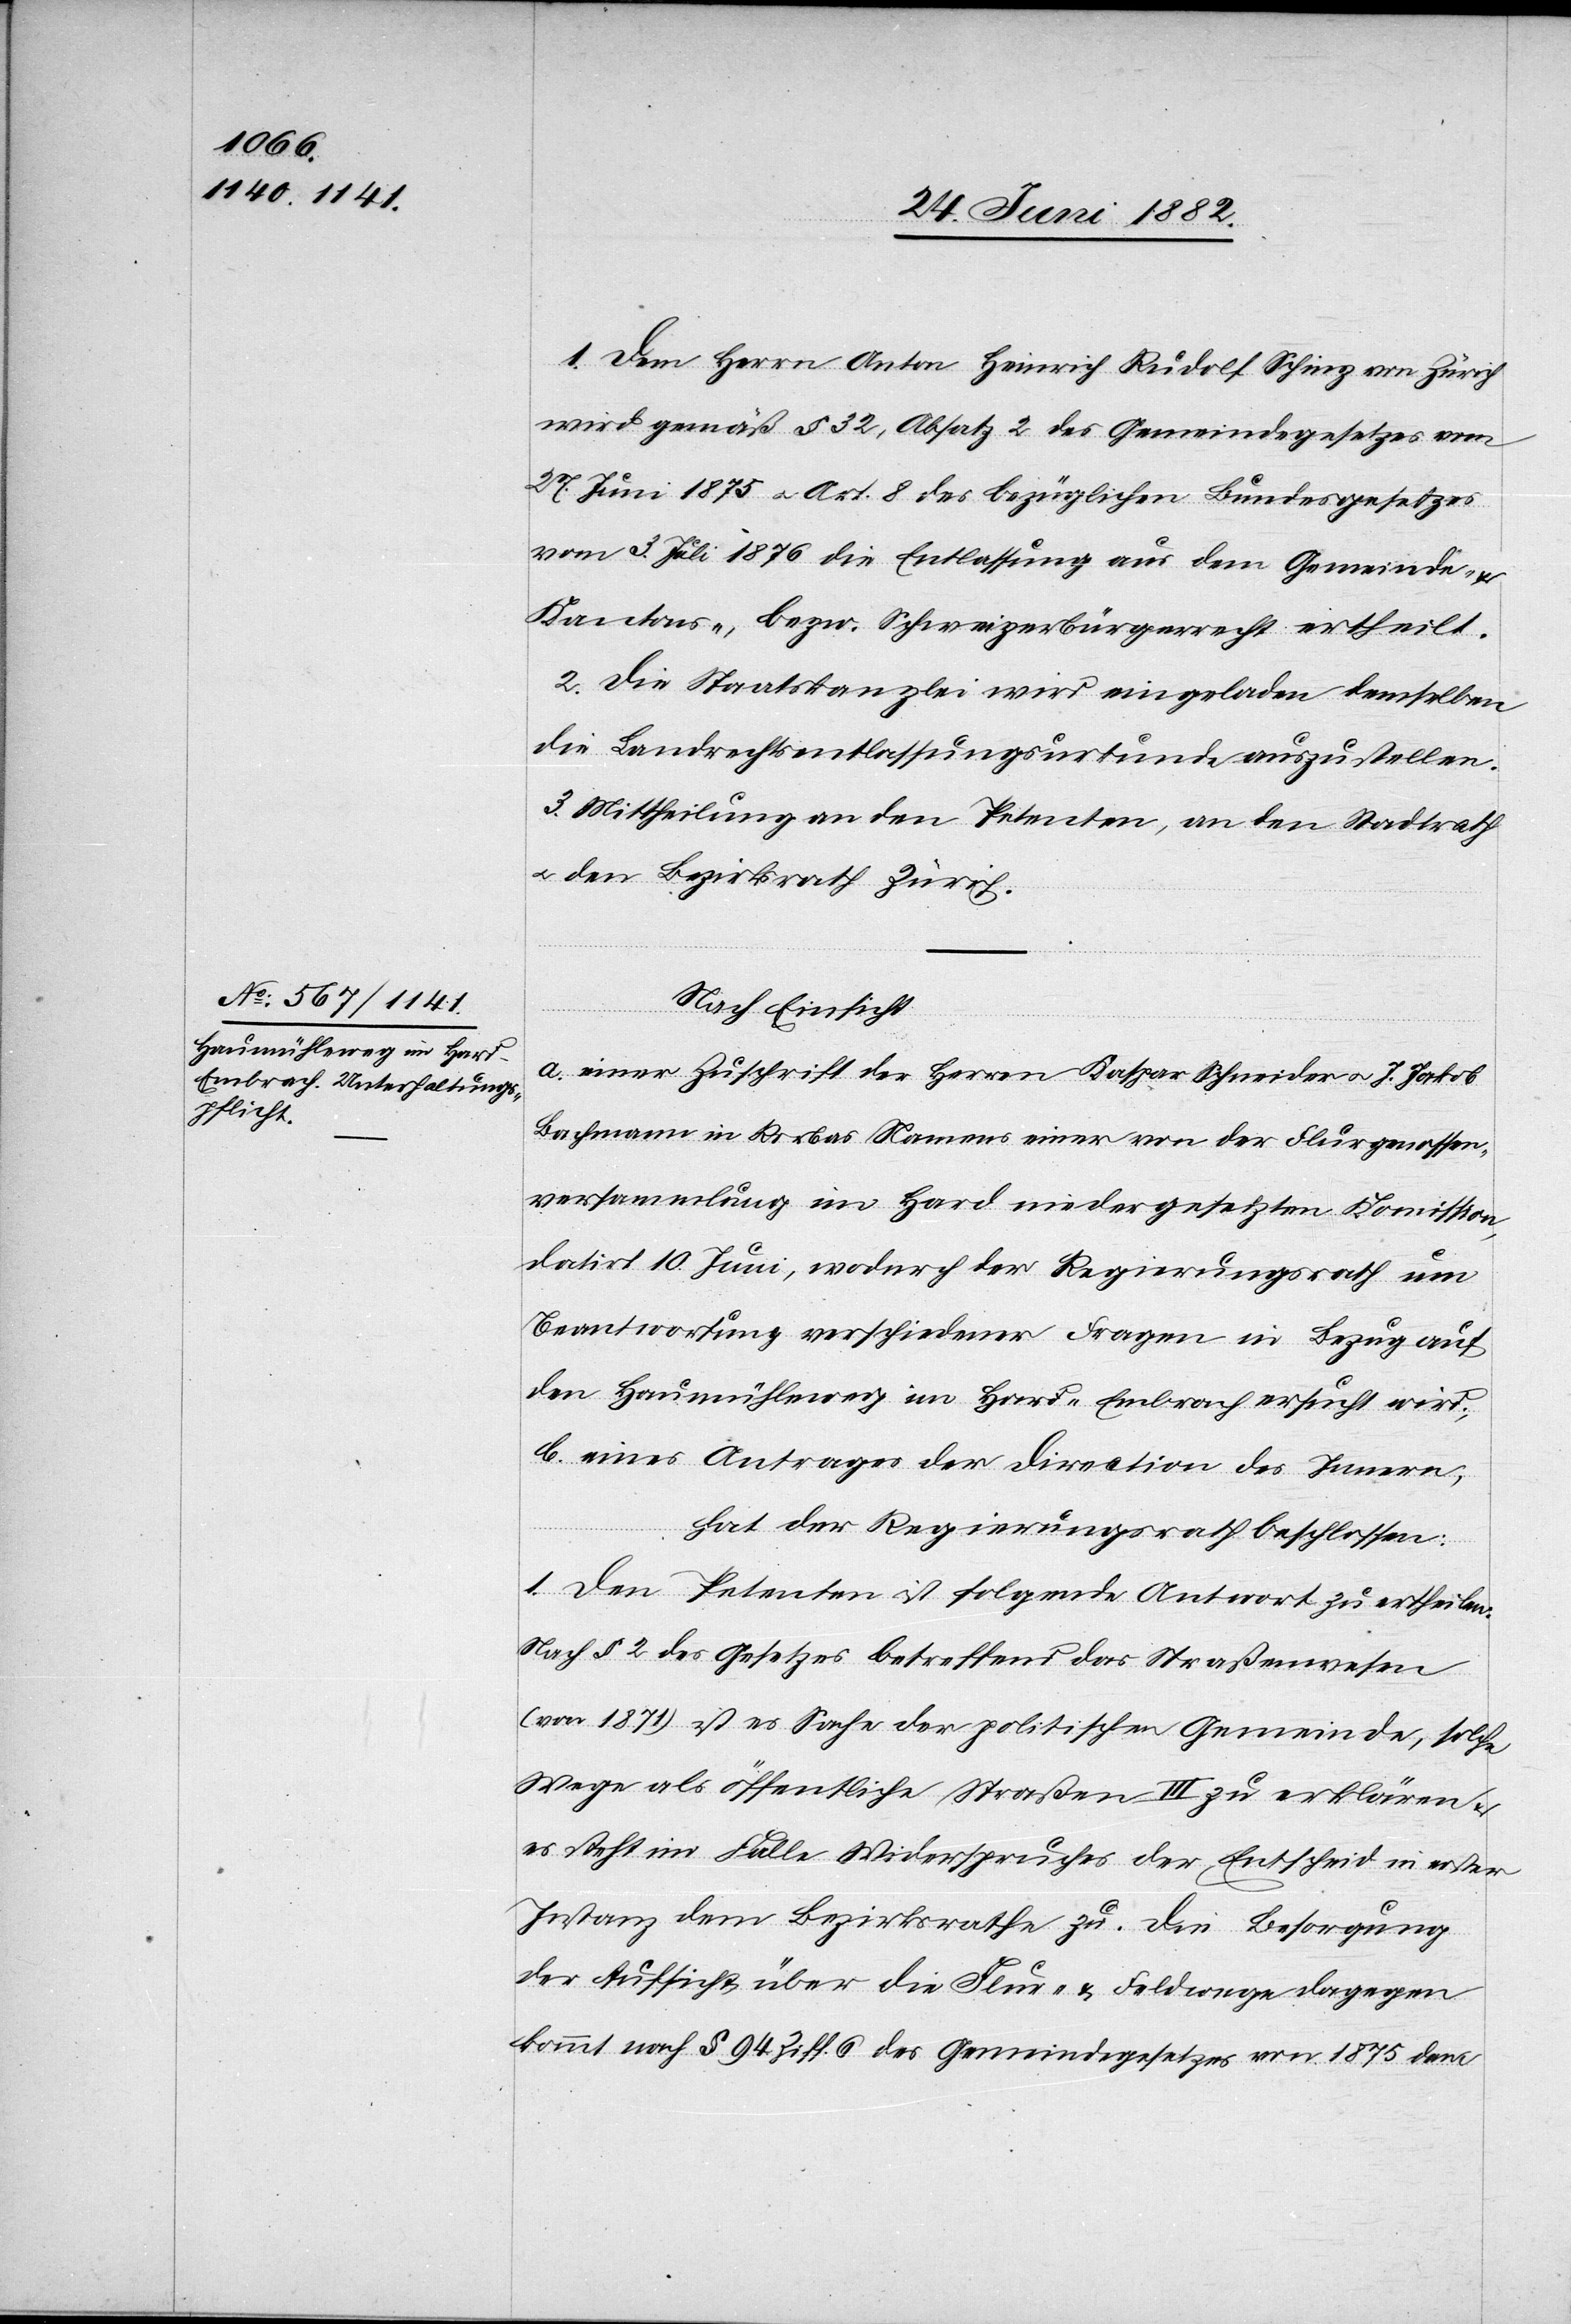
1. Dem Herrn Anton Heinrich Rudolf Schinz von Zürich
wird gemäß § 32, Absatz 2 des Gemeindegesetzes vom
27. Juni 1875 u. Art. 8 des bezüglichen Bundesgesetzes
vom 3. Juli 1876 die Entlassung aus dem Gemeinde-
Kantons-, bezw. Schweizerbürgerrecht ertheilt.
2. Die Staatskanzlei wird eingeladen demselben
die Landrechtsentlassungsurkunde auszustellen.
3. Mittheilung an den Petenten, an den Stadtrath
u. den Bezirksrath Zürich.
Nach Einsicht:
a. einer Zuschrift der Herren Kaspar Schneider u. J. Jakob
Bachmann in Rorbas Namens einer von der Flurgenossen¬
versammlung im Hard niedergesetzten Kommission,
datirt 10. Juni, wodurch der Regierungsrath um
Beantwortung verschiedener Fragen in Bezug auf
den Hausmühleweg im Hard - Embrach ersucht wird;
b. eines Antrages der Direction des Innern;
hat der Regierungsrath beschlossen:
1. Den Petenten ist folgende Antwort zu ertheilen:
Nach § 2 des Gesetzes betreffend das Straßenwesen
(von 1871) ist es Sache der politischen Gemeinde, solche
Wege als öffentliche Straßen III zu erklären &
es steht im Falle Widerspruches der Entscheid in erster
Instanz dem Bezirksrathe zu. Die Besorgung
der Aufsicht über die Flur- & Feldwege dagegen
kommt nach § 94 Ziff. 6 des Gemeindegesetzes von 1875 dem